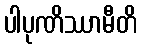
ပါပုဏိဿာမီတိ